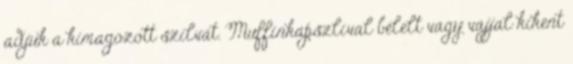
adjuk a kimagozott szilvát. Muffinkapszlival bélelt vagy vajjal kikent